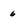
Character: 6